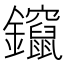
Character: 鑹